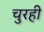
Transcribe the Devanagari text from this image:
चुरही